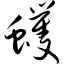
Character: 蠼